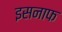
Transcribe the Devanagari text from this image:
इसनाफ